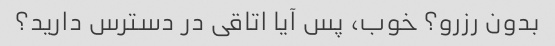
بدون رزرو؟ خوب، پس آیا اتاقی در دسترس دارید؟